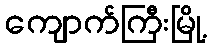
ကျောက်ကြီးမြို့